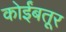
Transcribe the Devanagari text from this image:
कोर्इंबतूर